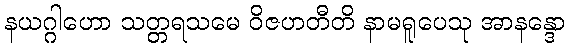
နယဂ္ဂါဟော သတ္တရသမေ ဝိဇဟတီတိ နာမရူပေသု အာနန္ဒော